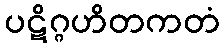
ပဋိဂ္ဂဟိတကတံ